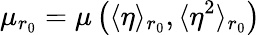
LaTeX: \mu_{r_{0}}=\mu\left(\langle\eta\rangle_{r_{0}},\langle\eta^{2}\rangle_{r_{0}}\right)